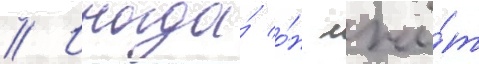
// Иногда́ о́н лжё́т